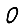
Digit: 0